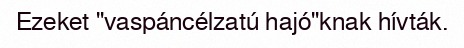
Ezeket "vaspáncélzatú hajó"knak hívták.